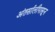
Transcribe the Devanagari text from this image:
अंतर्सालीपासून